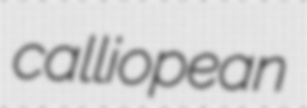
calliopean